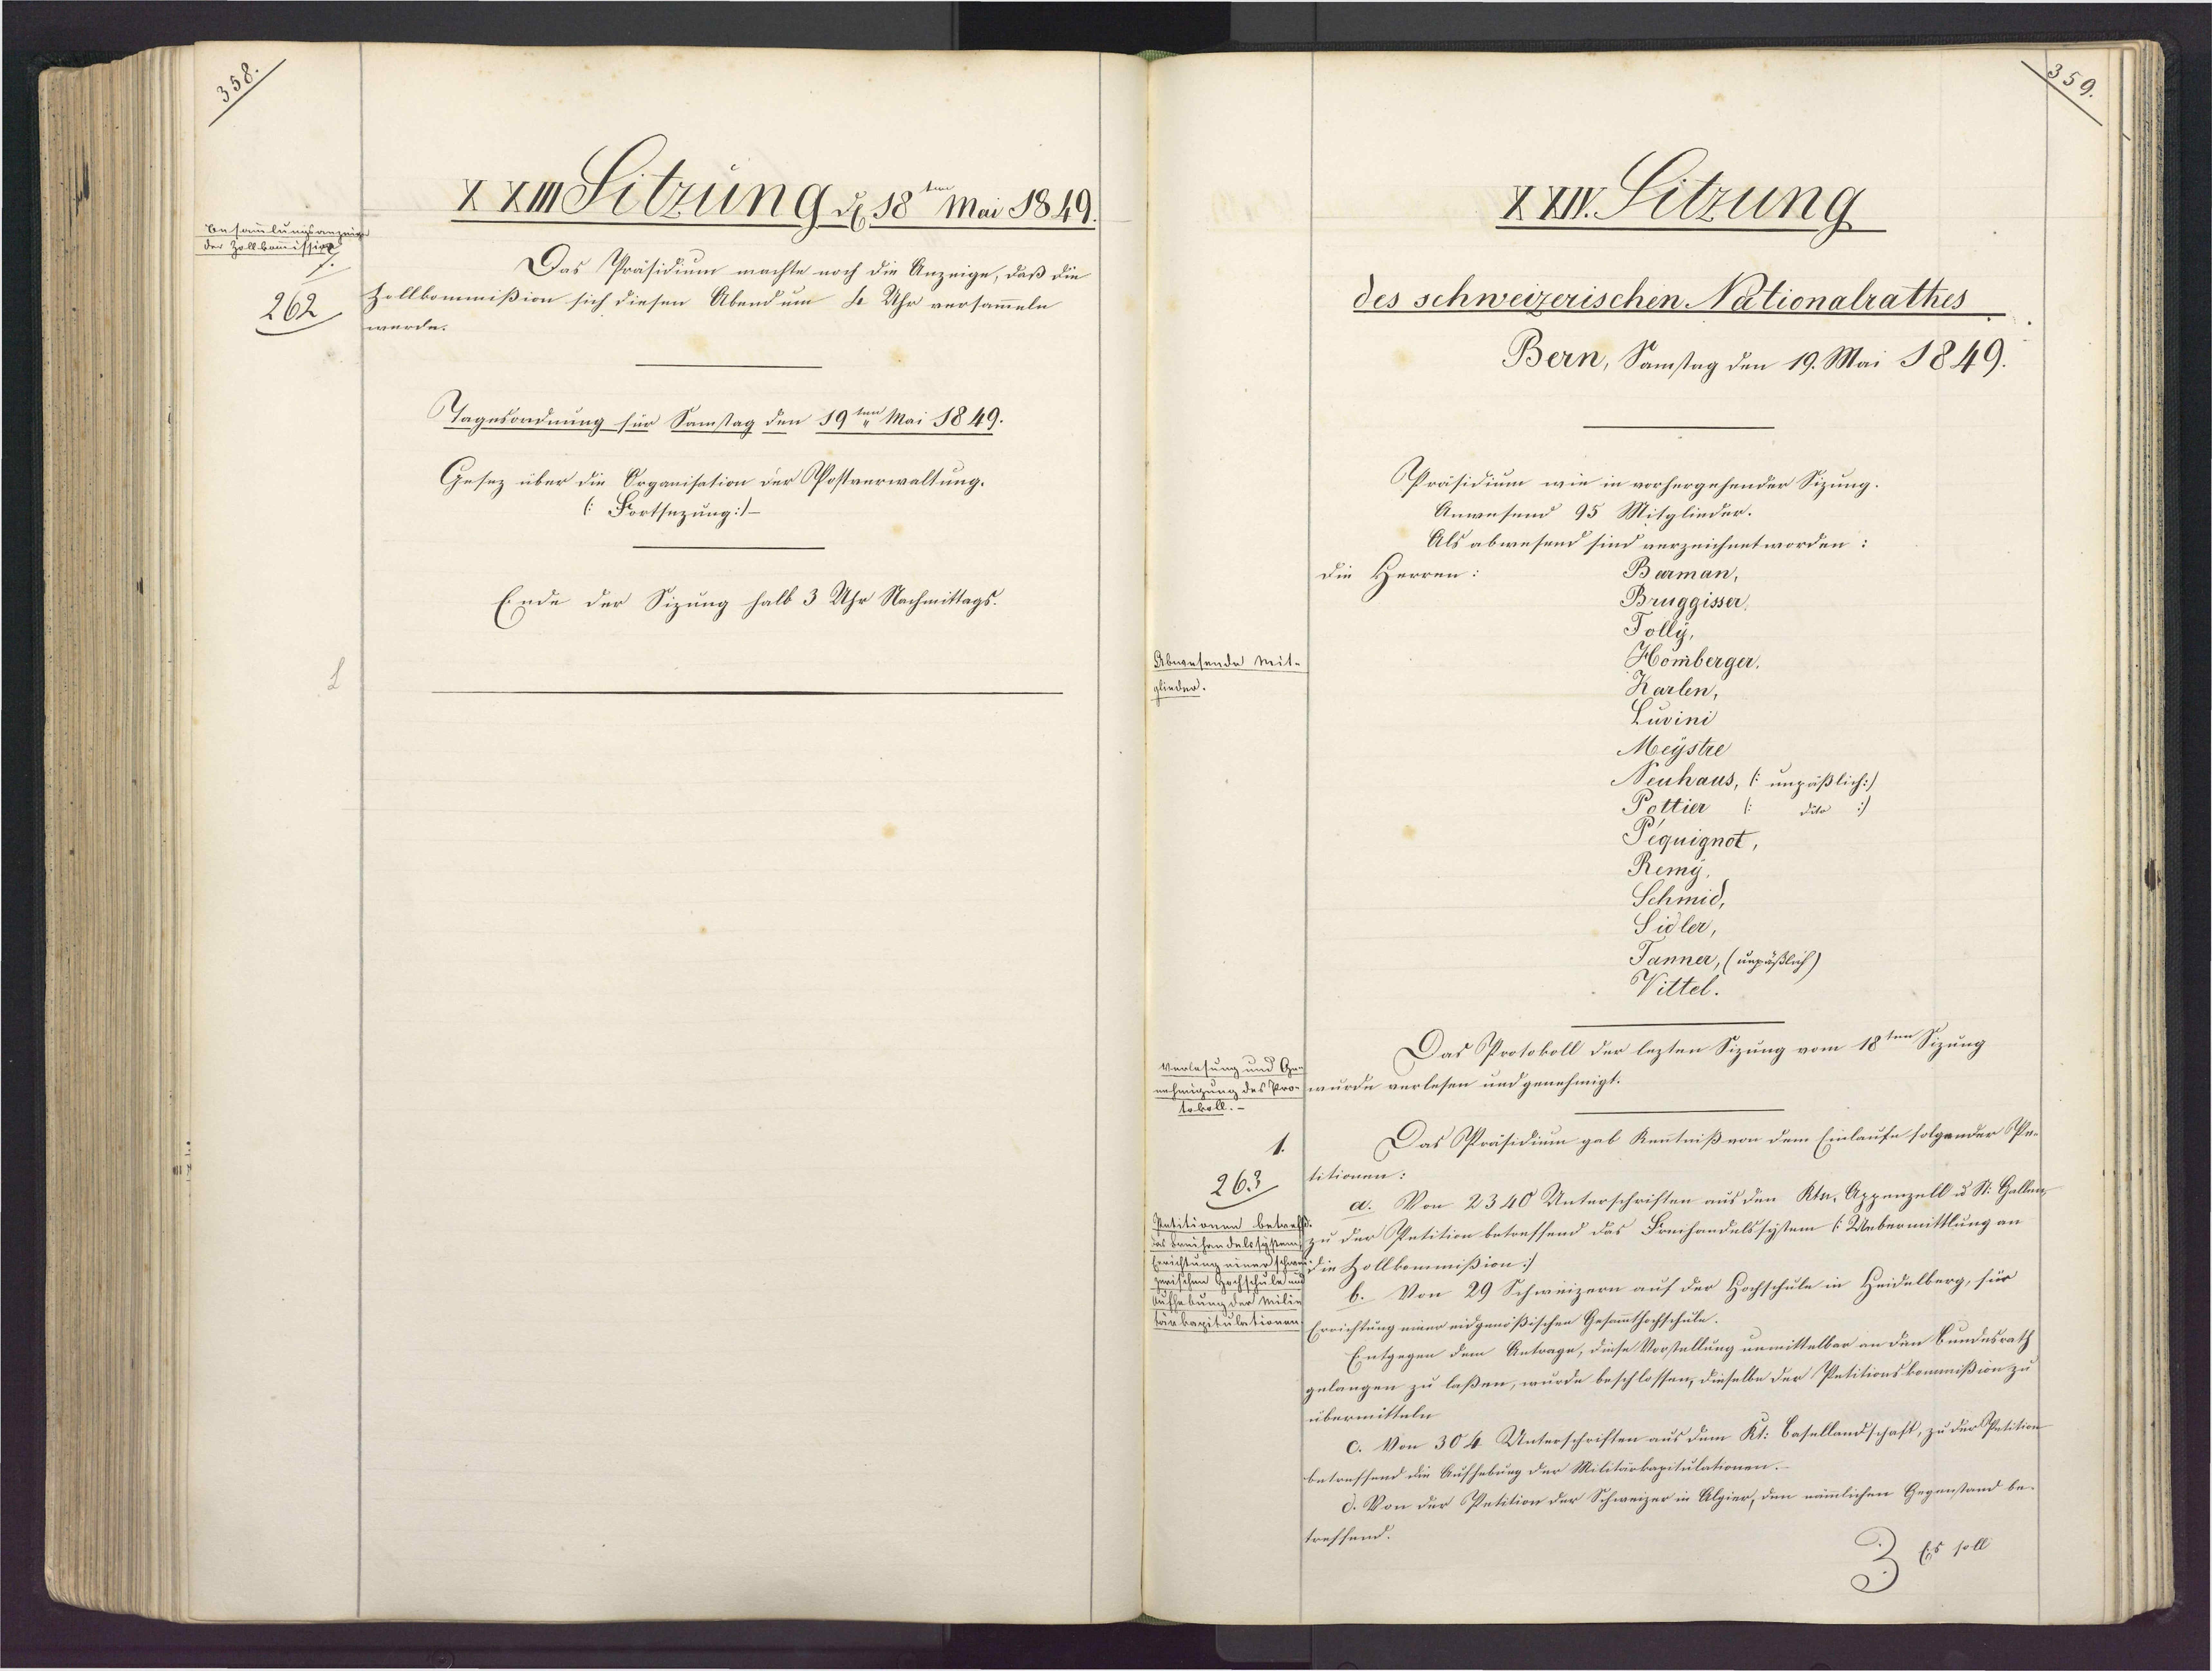
3
XXMoitzung d. 18te Mai 1829.
Besammlungsanzeige.
der Zollkommission
Das Präsidium machte noch die Anzeige, daß die
Zollkommißion sich diesen Abendum 4 Uhr versammeln
262
werde.
Tagesordnung für Samstag den 19ten Mai 1849.
Gesez über die Organisation der Pfostverwaltung.
(: Fortsezung/
Ende der Sizung halb 3 Uhr Nachmittags.

ZXIV. Sitzung
des schweizerischen Nationalrathes
Bern, Samstag den 19. Mai 1849.
Präsidium wie in vorhergehender Sizung.
Anwesend 95 Mitglinder.
Als abwesend sind verzeichnet worden:
Barman,
die Herren:
Bruggisser,
Tolly.
Homberger.
Abwesende Mit-
glieder.
Karlen,
Luvini
Meystre
Neuhaus, ( unpäßlich]
Pottier (: dito/
Pequignot,
Remy,
Schmid,
Sidler,
Janner, (unpäßlich)
Wittel.
Das Protokoll der lezten Sizung vom 18ten Sizung
Verlesung und Ge¬
nehmigung des Pro.wurde verlesen und genehmigt.
Das Präsidium gab Kenntniß von dem Einlaufe folgender Pe¬
titionen:
263
a. Von 2340 Unterschriften aus den Ktr. Appenzell u St. Gallen
Patitionen betref¬
as Breihandelstysen zu der Petition betreffend das Freihandelssytem (Uebermittlung an
Errichtung einer scha die Zollkommißion/
zwwischen Hochschule.
b. Von 29 Schweizern auf der Hochschule in Heidelberg, für
Aufhebung der Milin
Tarbagitulationen Errichtung einer eidgenößischen Gesammthochschule.
Entgegen dem Antrage, diese Vorstellung unmittelbar an den Bundesrath
gelangen zu laßen, wurde beschlossen, dieselbe der Petitionskommißion zu
übermitteln
c. Von 304 Unterschriften aus dem Kt. Basellandschaft, zu der Petition
betreffend die Aufhebung der Militärkapitulationen.
d. Von der Petition der Schweizer in Algier, den nämlichen Gegenstand be¬
treffend.
s 100

59.